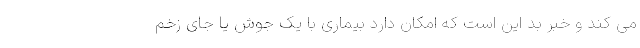
می کند و خبر بد این است که امکان دارد بیماری با یک جوش یا جای زخم